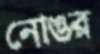
নোঙর